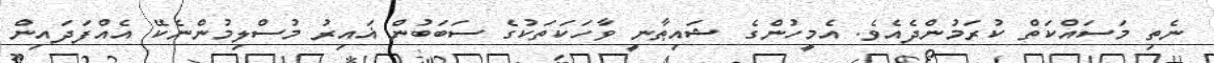
ނެތި މަސައްކަތް ކުރަމުންދެއެވެ. އެމީހުންގެ ޝައިޠާނީ ވާހަކަތަކުގެ ސަބަބުން ޣައިރު މުސްލިމުންނެކޭ އެއްފަދައިން